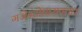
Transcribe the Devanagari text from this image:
गजेन्द्रोधारावतार